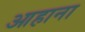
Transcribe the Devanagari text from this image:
आहाना